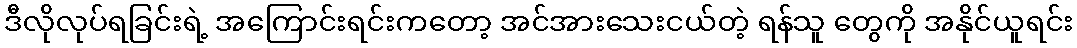
ဒီလိုလုပ်ရခြင်းရဲ့ အကြောင်းရင်းကတော့ အင်အားသေးငယ်တဲ့ ရန်သူ တွေကို အနိုင်ယူရင်း